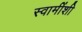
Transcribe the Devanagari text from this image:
स्वामींशी